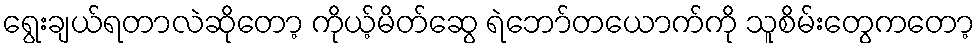
ရွေးချယ်ရတာလဲဆိုတော့ ကိုယ့်မိတ်ဆွေ ရဲဘော်တယောက်ကို သူစိမ်းတွေကတော့